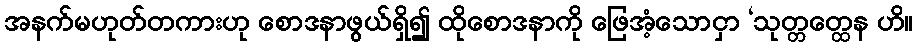
အနက်မဟုတ်တကားဟု စောဒနာဖွယ်ရှိ၍ ထိုစောဒနာကို ဖြေအံ့သောငှာ ‘သုတ္တတ္ထေန ဟိ။